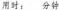
用时：分钟